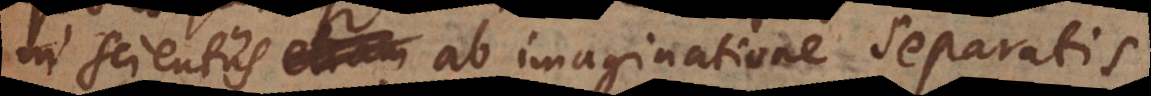
in scientiis ab imaginatione separatis